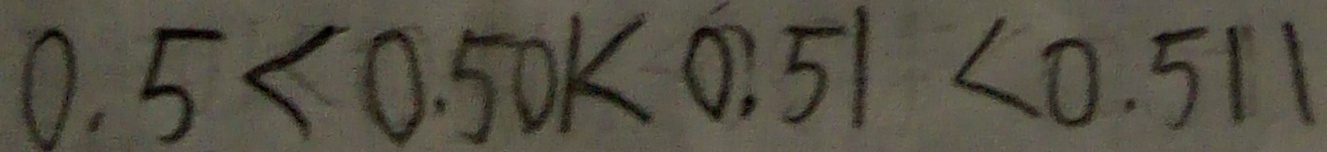
0 . 5 < 0 . 5 0 1 < 0 . 5 1 < 0 . 5 1 1